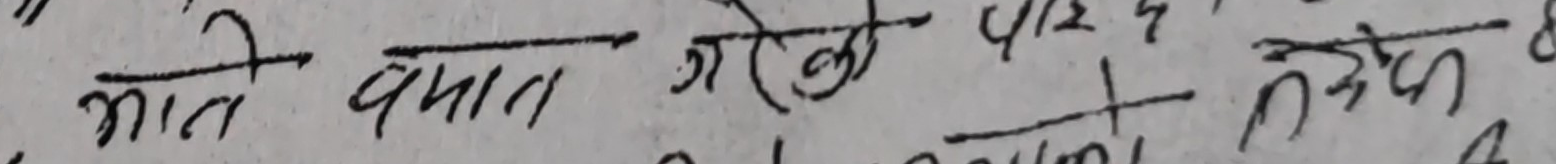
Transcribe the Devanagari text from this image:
माते बपात गेको 4/12 + तदेक 8